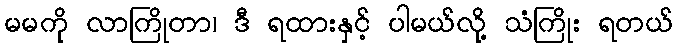
မမကို လာကြိုတာ၊ ဒီ ရထားနှင့် ပါမယ်လို့ သံကြိုး ရတယ်